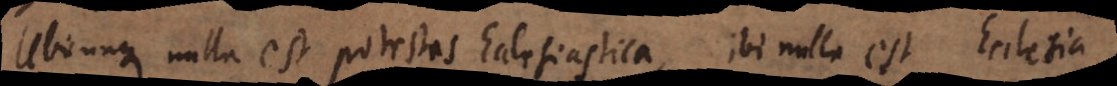
Ubicunque nulla est potestas Ecclesiastica, ibi nulla est Ecc